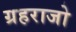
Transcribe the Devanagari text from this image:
ग्रहराजो